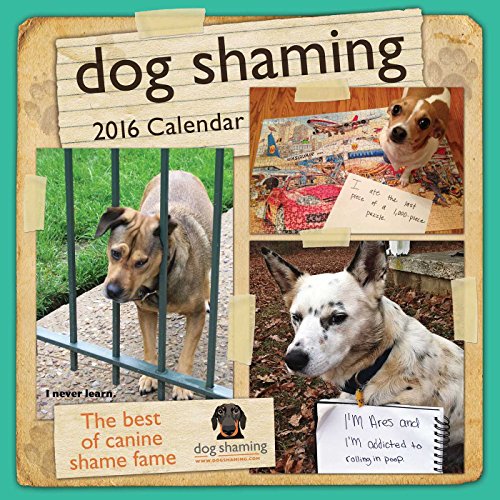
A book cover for Dog Shaming 2016 Wall Calendar; Pascale Lemire; Calendars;